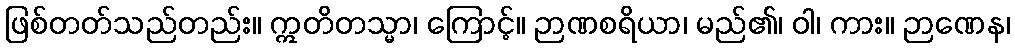
ဖြစ်တတ်သည်တည်း။ ဣတိတသ္မာ၊ ကြောင့်။ ဉာဏစရိယာ၊ မည်၏၊ ဝါ၊ ကား။ ဉာဏေန၊